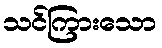
သင်ကြားသော